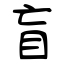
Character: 盲